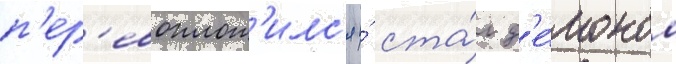
п'ер'евоплот'илс'я и́ ста́л д'е́моном